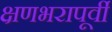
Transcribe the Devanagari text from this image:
क्षणभरापूर्वी